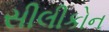
સીલીકોન